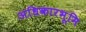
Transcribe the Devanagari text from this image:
अधिकारभूमि